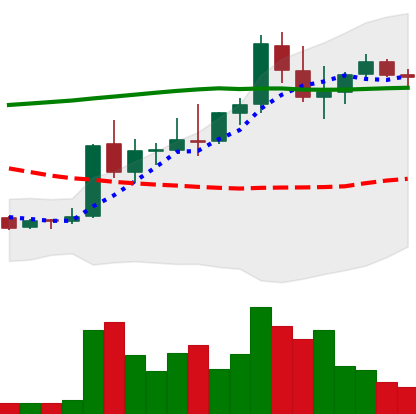
Ticker: DOGE-USD
Chart end date: 2021-08-22
Forward return: -6.518%
Label: down_5_7